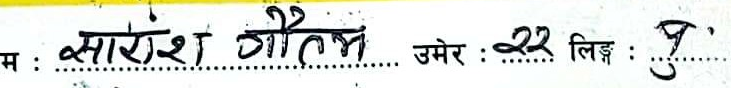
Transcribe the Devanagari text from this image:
सारंश गौतम उमेर : 22 लिङ्ग : पु